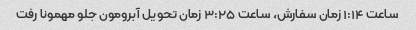
ساعت ۱:۱۴ زمان سفارش، ساعت ۳:۲۵ زمان تحویل آبرومون جلو مهمونا رفت